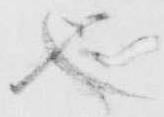
也